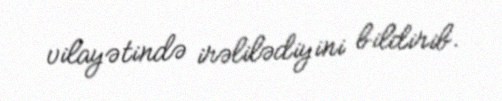
vilayətində irəlilədiyini bildirib.